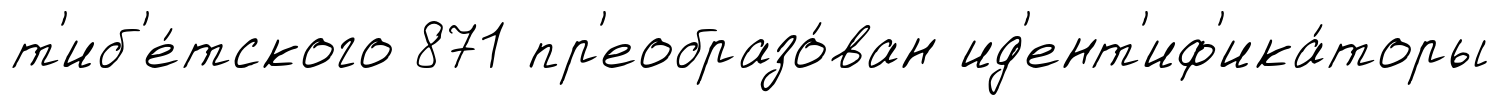
т'иб'е́тского 871 пр'еобразо́ван ид'ент'иф'ика́торы